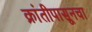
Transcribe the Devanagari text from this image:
क्रांतीपासूनचा